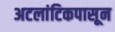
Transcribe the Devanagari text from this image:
अटलांटिकपासून